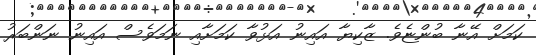
ކަމަށް އޭނާ ބުންޏެވެ. ޒާކިޔާ އައިނު އަޅުވާ ކަމަށާއި ނަމަވެސް އައިނު ނަންބަރު